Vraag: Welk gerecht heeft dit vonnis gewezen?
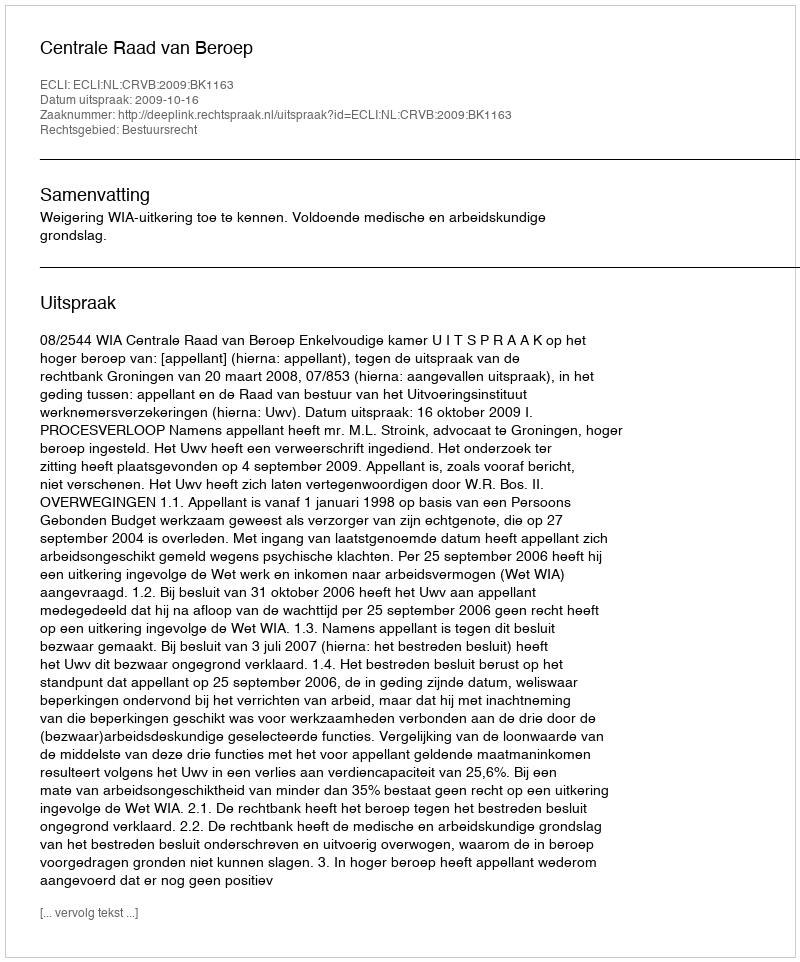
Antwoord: Centrale Raad van Beroep